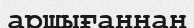
аршығаннан